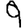
Digit: 9